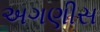
અગણીસ